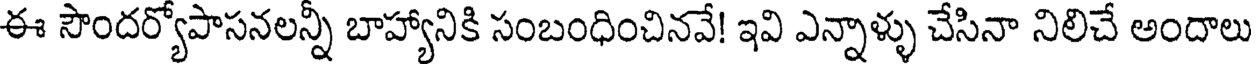
ఈ సౌందర్యోపాసనలన్నీ బాహ్యానికి సంబంధించినవే! ఇవి ఎన్నాళ్ళు చేసినా నిలిచే అందాలు